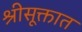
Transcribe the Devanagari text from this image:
श्रीसूक्तात